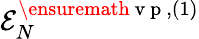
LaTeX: {\cal E}_{N}^{\ensuremath{\mathrm{~v~p~}},(1)}